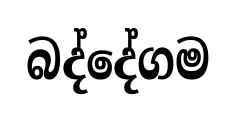
බද්දේගම